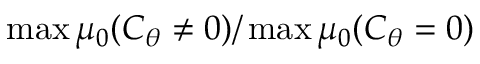
\operatorname* { m a x } \mu _ { 0 } ( C _ { \theta } \neq 0 ) / \operatorname* { m a x } \mu _ { 0 } ( C _ { \theta } = 0 )